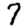
Digit: 7